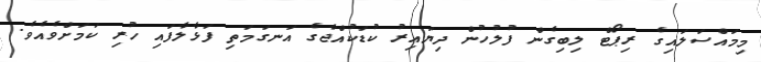
މިމައްސަލައިގެ ރިޕޯޓް ލިބިގެން ފުލުހުން ދިޔައިރު ކުޑަކުއްޖާގެ އަނގަމަތި ފަޅާލާފައި ހުރި ކަމަށްވެއެވެ.